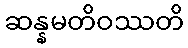
ဆန္နမတိဝဿတိ